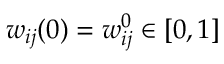
w _ { i j } ( 0 ) = w _ { i j } ^ { 0 } \in [ 0 , 1 ]